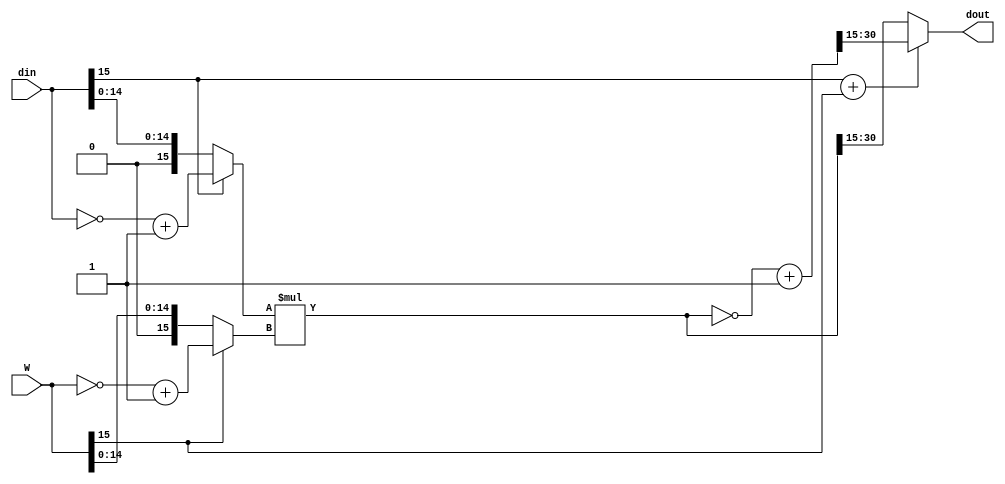
module signed_multiplier(

	input  [15:0] din,
	input  [15:0] W,
	output [15:0] dout

);


	reg [15:0] din_stored;
	reg [15:0] W_stored;
	reg [31:0] dinW;
	reg [31:0] dinW_2;
	reg [15:0] dinW_o;
	reg [1:0] flag;

	always @(din or W) begin
	din_stored = (din[15]) ? ~din + 1'b1 : din; // if negative then flip
	W_stored   = (W[15])   ? ~W   + 1'b1 : W;   // if negative then flip

		flag = (din[15] + W[15]);
		if ((din[15] + W[15]) == 1'b1) begin
			dinW = din_stored * W_stored;
			dinW_2 = ~dinW + 1'b1;
			dinW_o = dinW_2[30:15];

		end
		else begin
			dinW = din_stored * W_stored;
			dinW_o = dinW[30:15];

		end
	end

	assign dout = dinW_o;

endmodule